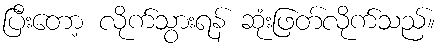
ပြီးတော့ လိုက်သွားရန် ဆုံးဖြတ်လိုက်သည်။